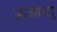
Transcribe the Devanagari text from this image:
आजतशत्रु